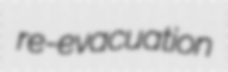
re-evacuation